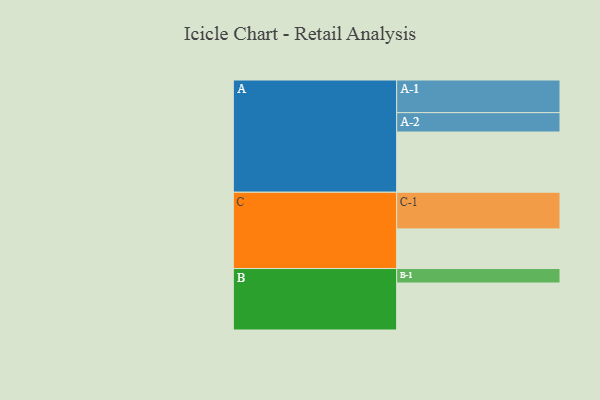
{"axis": {"x": "Segment", "y": "Value"}, "legend": ["", "A", "B", "C"], "data": [{"x": "A", "y": 491, "type": ""}, {"x": "B", "y": 383, "type": ""}, {"x": "C", "y": 323, "type": ""}, {"x": "A-1", "y": 266, "type": "A"}, {"x": "A-2", "y": 158, "type": "A"}, {"x": "B-1", "y": 118, "type": "B"}, {"x": "C-1", "y": 299, "type": "C"}]}